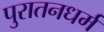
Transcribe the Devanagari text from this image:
पुरातनधर्म